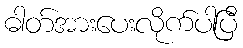
ဓါတ်အားပေးလိုက်ပါပြီ